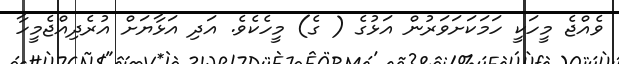
ވެއްޖެ މީހަކީ ހަމަކަށަވަރުން އަޅުގެ ( ގެ) މީހެކެވެ. އަދި އަޅާޔަށް އުރެދިއްޖެމީހާ